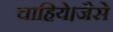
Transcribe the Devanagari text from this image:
चाहिये।जैसे